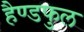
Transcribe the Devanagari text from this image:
हैण्डफुल